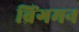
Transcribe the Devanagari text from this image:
ब्रिंगमन